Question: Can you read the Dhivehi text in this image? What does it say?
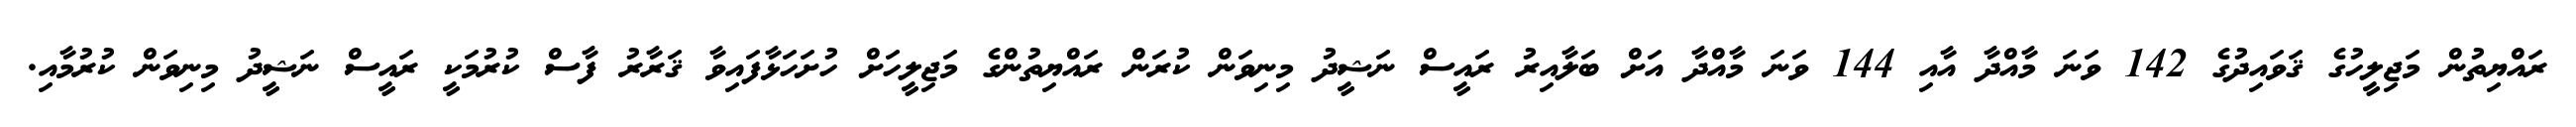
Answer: ރައްޔިތުން މަޖިލީހުގެ ޤަވައިދުގެ 142 ވަނަ މާއްދާ އާއި 144 ވަނަ މާއްދާ އަށް ބަލާއިރު ރައީސް ނަޝީދު މިނިވަން ކުރަން ރައްޔިތުންގެ މަޖިލީހަށް ހުށަހަޅާފައިވާ ޤަރާރު ފާސް ކުރުމަކީ ރައީސް ނަޝީދު މިނިވަން ކުރުމާއި.